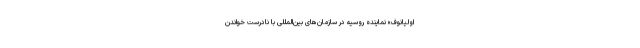
اولیانوف» نماینده روسیه در سازمان‌های بین‌المللی با نادرست خواندن